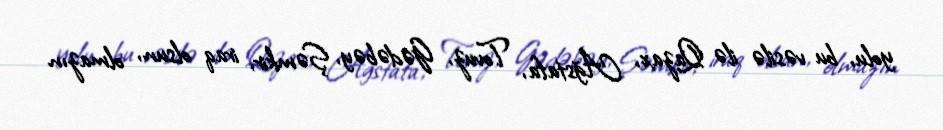
yolu, bu vəsilə ilə Qazax, Ağstafa, Tovuz, Gədəbəy, Şəmkir, iraq olsun, olmazın